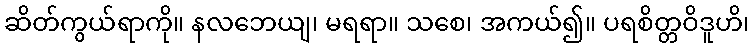
ဆိတ်ကွယ်ရာကို။ နလဘေယျ၊ မရရာ။ သစေ၊ အကယ်၍။ ပရစိတ္တဝိဒူဟိ၊